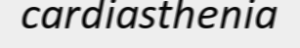
cardiasthenia